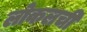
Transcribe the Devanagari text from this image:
लोकलची